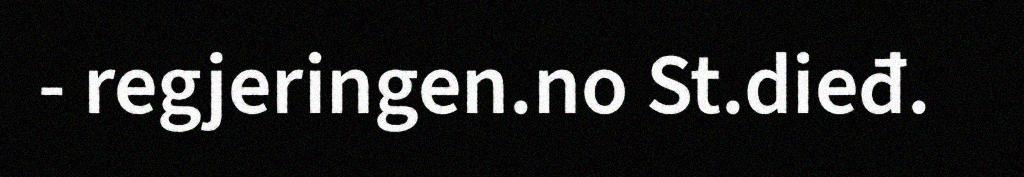
- regjeringen.no St.dieđ.